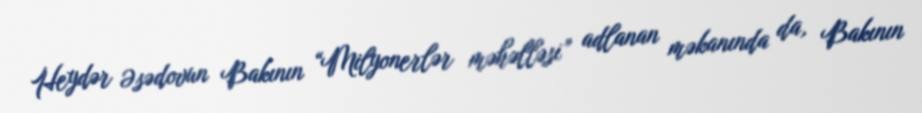
Heydər Əsədovun Bakının “Milyonerlər məhəlləsi” adlanan məkanında da, Bakının